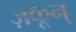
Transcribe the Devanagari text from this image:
ज़कून्